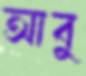
আবু